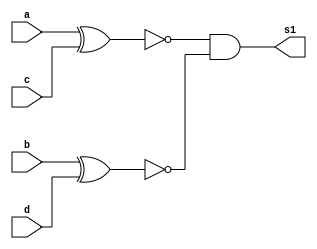
/*
 * Exemplo_0706 - GATES
 * Nome Gabriel Vargas Bento de Souza
*/

// -------------------------
// f7_gates
// -------------------------
module isEquals (output s1,
                 input  a, b,     // input x[1], x[0]
                 input  c, d);    // input y[1], y[0]
   
   // variaveis auxiliares
   wire tmp0, tmp1;

   // descrever por portas
   xnor XNOR1 (tmp0, a, c);
   xnor XNOR2 (tmp1, b, d);

   and  AND1  (s1, tmp0, tmp1);

endmodule // isEquals

module isDiferent (output s1,
                   input  a, b,     // input x[1], x[0]
                   input  c, d);    // input y[1], y[0]
   
   // variaveis auxiliares
   wire tmp0, tmp1;

   // descrever por portas
   xor XOR1 (tmp0, a, c);
   xor XOR2 (tmp1, b, d);

   or  OR1  (s1, tmp0, tmp1);

endmodule // isDiferent

// -------------------------
// multiplexer
// -------------------------
module mux (output s,
            input  a, b, c1);

   // definir dados locais
   wire not_c1;
   wire sa, sb;

   // descrever por portas
   not NOT1 (not_c1, c1);
   
   and AND1 (sa, a, not_c1);   // 0
   and AND2 (sb, b,     c1);   // 1

   or  OR1  (s, sa, sb);
endmodule // mux

// -------------------------
// main
// -------------------------
module test_f7;
   
   // definir dados
   reg  c;
   reg  [1:0] x;
   reg  [1:0] y;
   wire s1, s2, s;

   isEquals   EQU1 (s1, x[1], x[0], y[1], y[0]);
   isDiferent DIF1 (s2, x[1], x[0], y[1], y[0]);

   mux        MUX   (s, s1, s2, c);
   
   // parte principal
   initial
   begin : main
      $display("\n Exemplo_0706 - Gabriel Vargas Bento de Souza - 778023\n");
      $display(" x   y   s1  s2  c  s");
      $display(" --------**------------ 0 - igual");
      $monitor("%3b %3b %2b %3b %3b %2b", 
                x,  y,  s1, s2, c, s);

      // projetar testes do modulo
         x[1] = 1'b0; x[0] = 1'b0; y[1] = 1'b0; y[0] = 1'b0; c = 1'b0;
      #1                                        y[0] = 1'b1;
      #1                           y[1] = 1'b1; y[0] = 1'b0;
      #1                                        y[0] = 1'b1;
      #1              x[0] = 1'b1; y[1] = 1'b0; y[0] = 1'b0;
      #1                                        y[0] = 1'b1;
      #1                           y[1] = 1'b1; y[0] = 1'b0;
      #1                                        y[0] = 1'b1;
      #1 x[1] = 1'b1; x[0] = 1'b0; y[1] = 1'b0; y[0] = 1'b0;
      #1                                        y[0] = 1'b1;
      #1                           y[1] = 1'b1; y[0] = 1'b0;
      #1                                        y[0] = 1'b1;
      #1              x[0] = 1'b1; y[1] = 1'b0; y[0] = 1'b0;
      #1                                        y[0] = 1'b1;
      #1                           y[1] = 1'b1; y[0] = 1'b0;
      #1                                        y[0] = 1'b1;
      #1 x[1] = 1'b0; x[0] = 1'b0; y[1] = 1'b0; y[0] = 1'b0; c = 1'b1;

      $display("\n x   y   s1  s2  c  s");
      $display(" ------------**-------- 1 - diferente");
      #1                                        y[0] = 1'b1;
      #1                           y[1] = 1'b1; y[0] = 1'b0;
      #1                                        y[0] = 1'b1;
      #1              x[0] = 1'b1; y[1] = 1'b0; y[0] = 1'b0;
      #1                                        y[0] = 1'b1;
      #1                           y[1] = 1'b1; y[0] = 1'b0;
      #1                                        y[0] = 1'b1;
      #1 x[1] = 1'b1; x[0] = 1'b0; y[1] = 1'b0; y[0] = 1'b0;
      #1                                        y[0] = 1'b1;
      #1                           y[1] = 1'b1; y[0] = 1'b0;
      #1                                        y[0] = 1'b1;
      #1              x[0] = 1'b1; y[1] = 1'b0; y[0] = 1'b0;
      #1                                        y[0] = 1'b1;
      #1                           y[1] = 1'b1; y[0] = 1'b0;
      #1                                        y[0] = 1'b1;

   end
endmodule // test_f7

// -------------------------
// test
// -------------------------
/*
---------- previsao ----------

x[1]   x[0]   y[1]   y[0]    =      !=

 0      0      0      0      1      0  
 0      0      0      1      0      1  
 0      0      1      0      0      1  
 0      0      1      1      0      1  

 0      1      0      0      0      1  
 0      1      0      1      1      0  
 0      1      1      0      0      1  
 0      1      1      1      0      1  

 1      0      0      0      0      1  
 1      0      0      1      0      1  
 1      0      1      0      1      0  
 1      0      1      1      0      1  

 1      1      0      0      0      1  
 1      1      0      1      0      1  
 1      1      1      0      0      1  
 1      1      1      1      1      0  

---------- execucao ----------

C:\Users\Gabriel\Desktop\CC-PUC\2Periodo\ARQ1\Tarefas\Guia07>vvp Exemplo_0706.vvp

 Exemplo_0706 - Gabriel Vargas Bento de Souza - 778023

 x   y   s1  s2  c  s
 --------**------------ 0 - igual
 00  00  1   0   0  1
 00  01  0   1   0  0
 00  10  0   1   0  0
 00  11  0   1   0  0
 01  00  0   1   0  0
 01  01  1   0   0  1
 01  10  0   1   0  0
 01  11  0   1   0  0
 10  00  0   1   0  0
 10  01  0   1   0  0
 10  10  1   0   0  1
 10  11  0   1   0  0
 11  00  0   1   0  0
 11  01  0   1   0  0
 11  10  0   1   0  0
 11  11  1   0   0  1

 x   y   s1  s2  c  s
 ------------**-------- 1 - diferente
 00  00  1   0   1  0
 00  01  0   1   1  1
 00  10  0   1   1  1
 00  11  0   1   1  1
 01  00  0   1   1  1
 01  01  1   0   1  0
 01  10  0   1   1  1
 01  11  0   1   1  1
 10  00  0   1   1  1
 10  01  0   1   1  1
 10  10  1   0   1  0
 10  11  0   1   1  1
 11  00  0   1   1  1
 11  01  0   1   1  1
 11  10  0   1   1  1
 11  11  1   0   1  0
*/